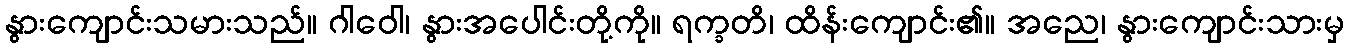
နွားကျောင်းသမားသည်။ ဂါဝေါ၊ နွားအပေါင်းတို့ကို။ ရက္ခတိ၊ ထိန်းကျောင်း၏။ အညေ၊ နွားကျောင်းသားမှ